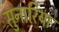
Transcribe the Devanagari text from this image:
सुनारिया